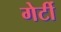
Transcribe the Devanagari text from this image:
गेर्टी